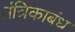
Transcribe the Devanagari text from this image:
तंत्रिकाबंध